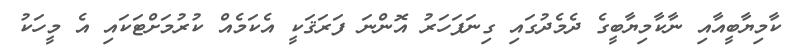
ކާމިޔާބީއާއި ނާކާމިޔާބީގެ ދެމެދުގައި ގިނަފަހަރު އޮންނަ ފަރަޤަކީ އެކަމެއް ކުރުމަށްޓަކައި އެ މީހަކު